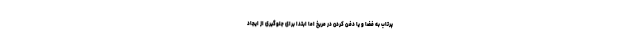
پرتاب به فضا و یا دفن کردن در مریخ اما ابتدا برای جلوگیری از ایجاد